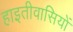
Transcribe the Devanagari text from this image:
हाइतीवासियों